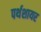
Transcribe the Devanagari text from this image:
पर्थशायर